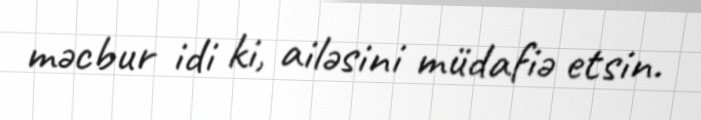
məcbur idi ki, ailəsini müdafiə etsin.